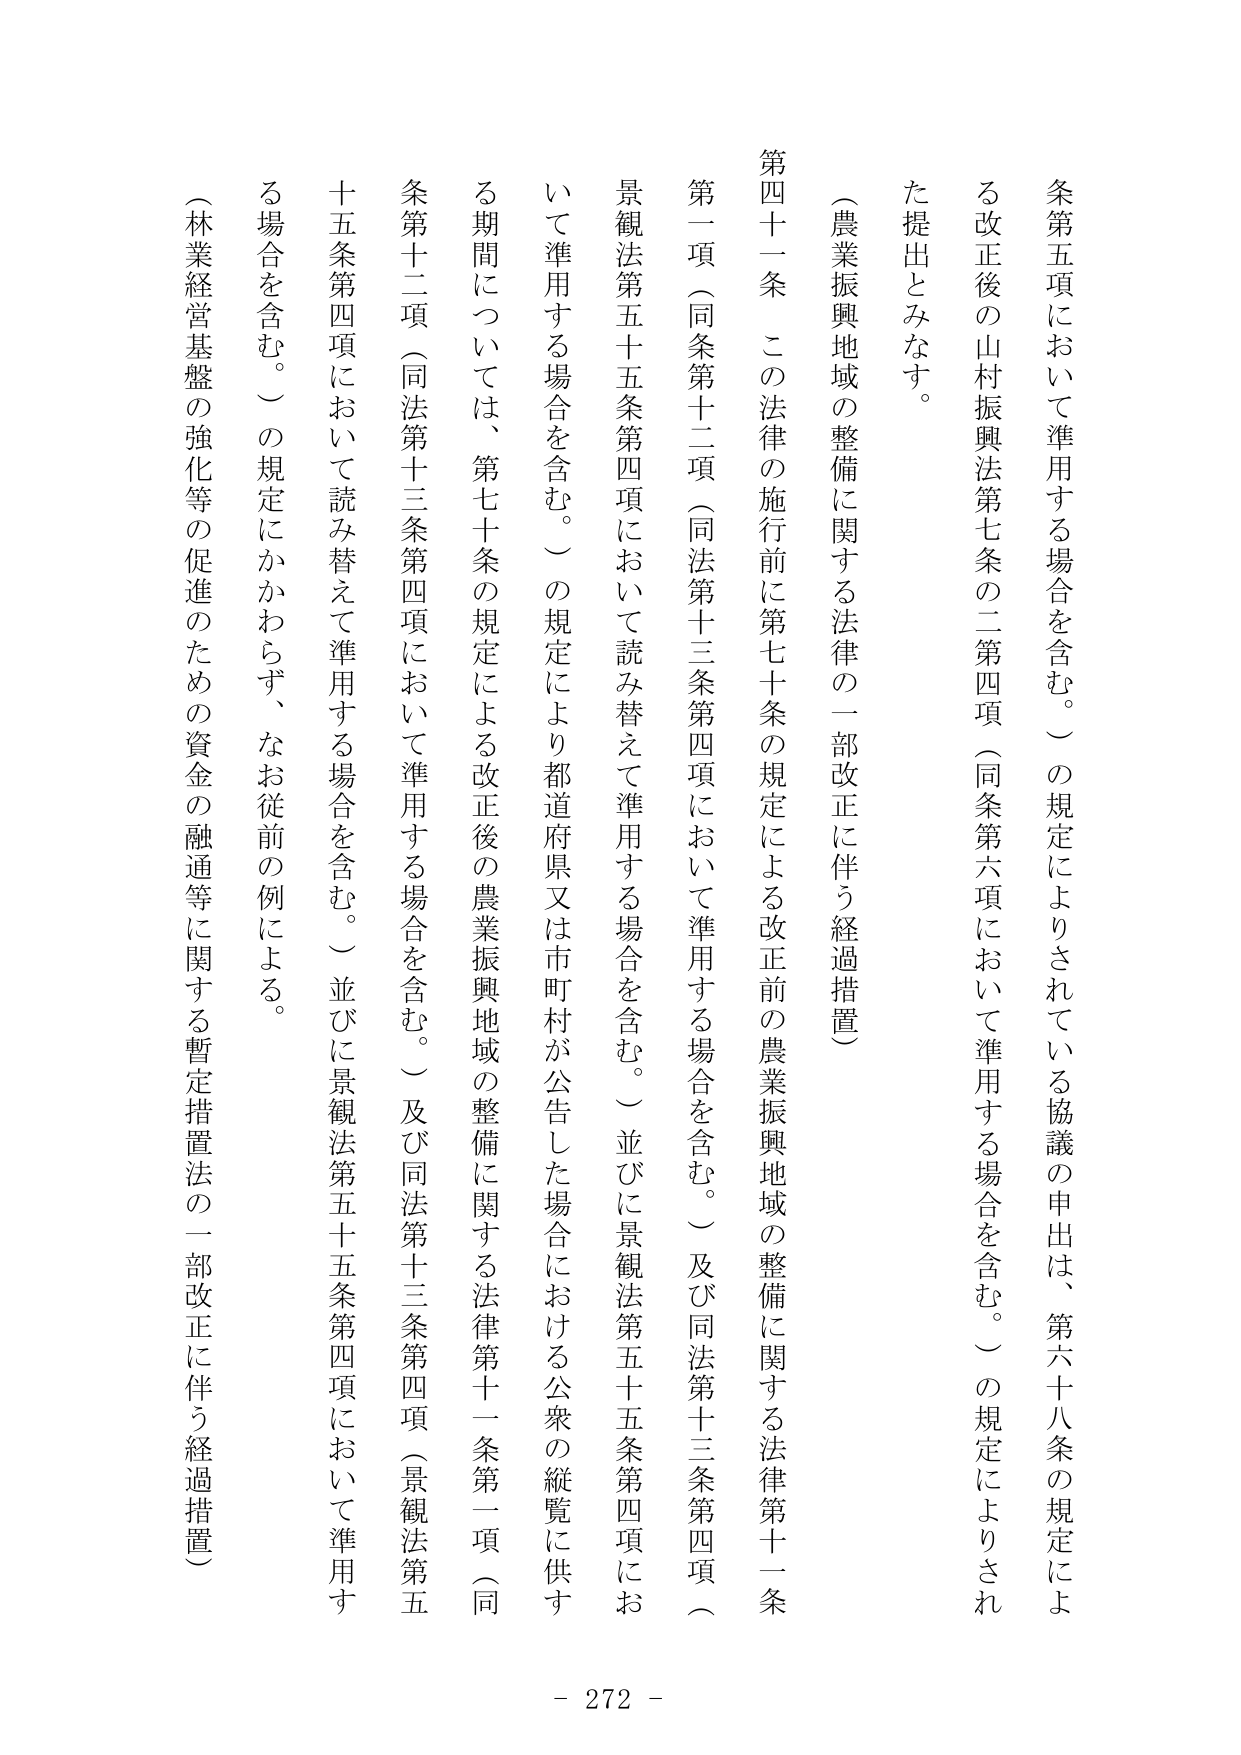
条第五項において準用する場合を含む。）の規定によりされている協議の申出は、第六十八条の規定による改正後の山村振興法第七条の二第四項（同条第六項において準用する場合を含む。）の規定によりされた提出とみなす。

（農業振興地域の整備に関する法律の一部改正に伴う経過措置）

第四十一条 この法律の施行前に第七十条の規定による改正前の農業振興地域の整備に関する法律第十一条第一項（同条第十二項（同法第十三条第四項において準用する場合を含む。）及び同法第十三条第四項（景観法第五十五条第四項において読み替えて準用する場合を含む。）の規定により都道府県又は市町村が公告した場合における公衆の縦覧に供する期間については、第七十条の規定による改正後の農業振興地域の整備に関する法律第十一条第一項（同条第十二項（同法第十三条第四項において準用する場合を含む。）及び同法第十三条第四項（景観法第五十五条第四項において読み替えて準用する場合を含む。）並びに景観法第五十五条第四項において準用する場合を含む。）の規定にかかわらず、なお従前の例による。

（林業経営基盤の強化等の促進のための資金の融通等に関する暫定措置法の一部改正に伴う経過措置）

- 272 -